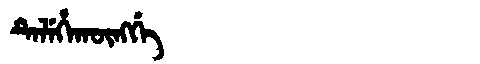
Manchu: ᡨᡝᠯᡝᡥᠠᡴᡡᠩᡤᡝ
Romanization: TELEHAKŪNGGE